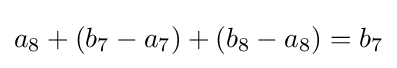
a_{8}+(b_{7}-a_{7})+(b_{8}-a_{8})=b_{7}